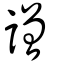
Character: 譄